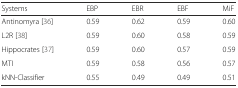
<table><thead><tr><td><b>Systems</b></td><td><b>EBP</b></td><td><b>EBR</b></td><td><b>EBF</b></td><td><b>MiF</b></td></tr></thead><tbody><tr><td>Antinomyra [36]</td><td>0.59</td><td>0.62</td><td>0.59</td><td>0.60</td></tr><tr><td>L2R [38]</td><td>0.59</td><td>0.60</td><td>0.58</td><td>0.59</td></tr><tr><td>Hippocrates [37]</td><td>0.59</td><td>0.60</td><td>0.57</td><td>0.59</td></tr><tr><td>MTI</td><td>0.59</td><td>0.58</td><td>0.56</td><td>0.57</td></tr><tr><td>kNN-Classifier</td><td>0.55</td><td>0.49</td><td>0.49</td><td>0.51</td></tr></tbody></table>